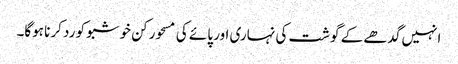
انہیں گدھے کے گوشت کی نہاری اور پائے کی مسحور کن خوشبو کو رد کرنا ہوگا۔